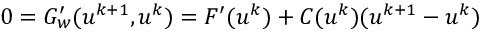
0 = G _ { w } ^ { \prime } ( u ^ { k + 1 } , u ^ { k } ) = F ^ { \prime } ( u ^ { k } ) + C ( u ^ { k } ) ( u ^ { k + 1 } - u ^ { k } )